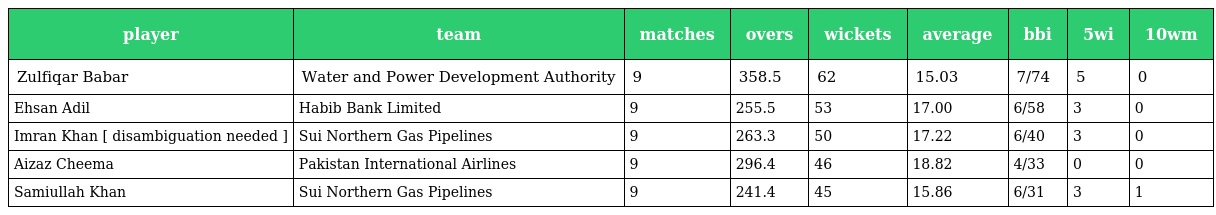
| player | team | matches | overs | wickets | average | bbi | 5wi | 10wm |
 | --- | --- | --- | --- | --- | --- | --- | --- | --- |
 | Zulfiqar Babar | Water and Power Development Authority | 9 | 358.5 | 62 | 15.03 | 7/74 | 5 | 0 |
 | Ehsan Adil | Habib Bank Limited | 9 | 255.5 | 53 | 17.00 | 6/58 | 3 | 0 |
 | Imran Khan [ disambiguation needed ] | Sui Northern Gas Pipelines | 9 | 263.3 | 50 | 17.22 | 6/40 | 3 | 0 |
 | Aizaz Cheema | Pakistan International Airlines | 9 | 296.4 | 46 | 18.82 | 4/33 | 0 | 0 |
 | Samiullah Khan | Sui Northern Gas Pipelines | 9 | 241.4 | 45 | 15.86 | 6/31 | 3 | 1 |